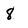
Character: 8